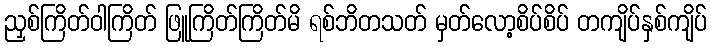
ညှစ်ကြိတ်ဝါကြိတ် ဖြူကြိတ်ကြိတ်မိ ရစ်ဘိတသတ် မှတ်လော့စိပ်စိပ် တကျိပ်နှစ်ကျိပ်